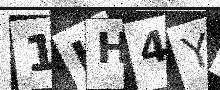
Text: 1HH4YR